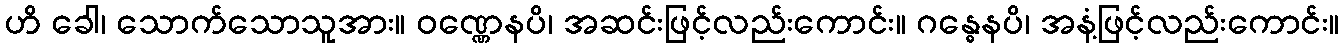
ဟိ ခေါ၊ သောက်သောသူအား။ ဝဏ္ဏေနပိ၊ အဆင်းဖြင့်လည်းကောင်း။ ဂန္ဓေနပိ၊ အနံ့ဖြင့်လည်းကောင်း။